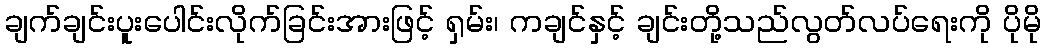
ချက်ချင်းပူးပေါင်းလိုက်ခြင်းအားဖြင့် ရှမ်း၊ ကချင်နှင့် ချင်းတို့သည်လွတ်လပ်ရေးကို ပိုမို